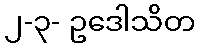
၂-၃- ဥဒေါသိတ